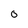
Character: 0